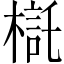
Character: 𣘄